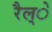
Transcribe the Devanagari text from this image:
रैल्े